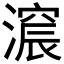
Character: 𣾋